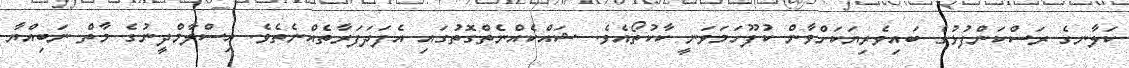
ކަލާނގެ ރަސްކަންފުޅުގެ ބައިވެރިޔަކަށްވާން ކުފޫހަމަވަނީ ކާކުތޯއެވެ. ޝައްކެއްނެތްގޮތުގައި އެފަދަފަރާތެއްނެތެވެ. އިސްލާމްދީނުގެ މާތް ނަބިއްޔާ